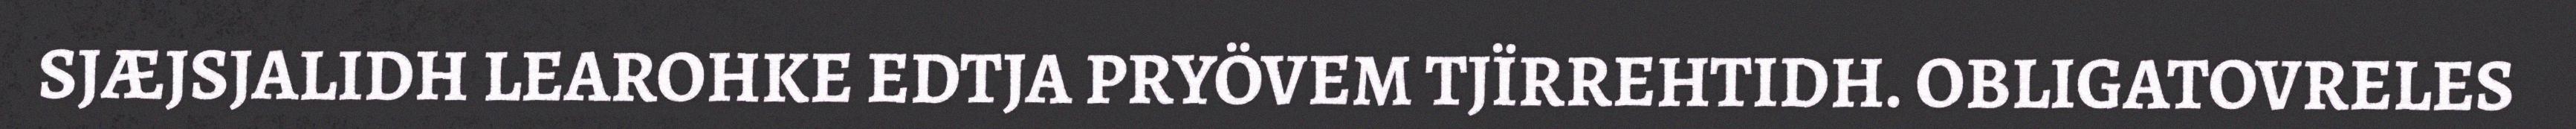
SJÆJSJALIDH LEAROHKE EDTJA PRYÖVEM TJÏRREHTIDH. OBLIGATOVRELES